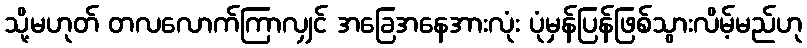
သို့မဟုတ် တလလောက်ကြာလျှင် အခြေအနေအားလုံး ပုံမှန်ပြန်ဖြစ်သွားလိမ့်မည်ဟု